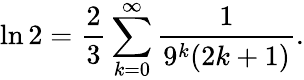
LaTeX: \ln 2={\frac{2}{3}}\sum_{k=0}^{\infty}{\frac{1}{9^{k}(2k+1)}}.